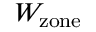
W _ { \mathrm { z o n e } }